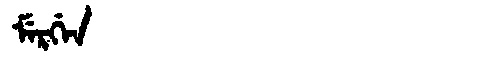
Manchu: ᠮᡝᡵᡤᡝᠨ
Romanization: MERGEN